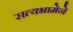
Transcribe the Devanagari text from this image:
सत्यभामेने